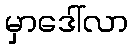
မှာဒေါ်လာ